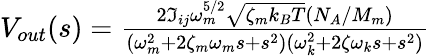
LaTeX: \begin{array}{r}{V_{out}(s)=\frac{2\Im_{ij}\omega_{m}^{5/2}\sqrt{\zeta_{m}k_{B}T}(N_{A}/M_{m})}{(\omega_{m}^{2}+2\zeta_{m}\omega_{m}s+s^{2})(\omega_{k}^{2}+2\zeta\omega_{k}s+s^{2})}}\end{array}